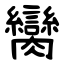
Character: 臠